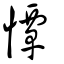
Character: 憛